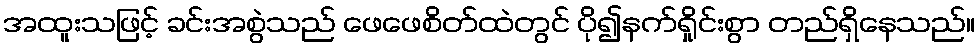
အထူးသဖြင့် ခင်းအစွဲသည် ဖေဖေစိတ်ထဲတွင် ပို၍နက်ရှိုင်းစွာ တည်ရှိနေသည်။